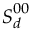
\ensuremath { \boldsymbol { S } } _ { d } ^ { 0 0 }